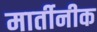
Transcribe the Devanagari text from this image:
मार्तीनीक